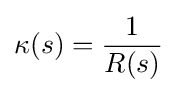
\kappa (s)={\frac {1}{R(s)}}